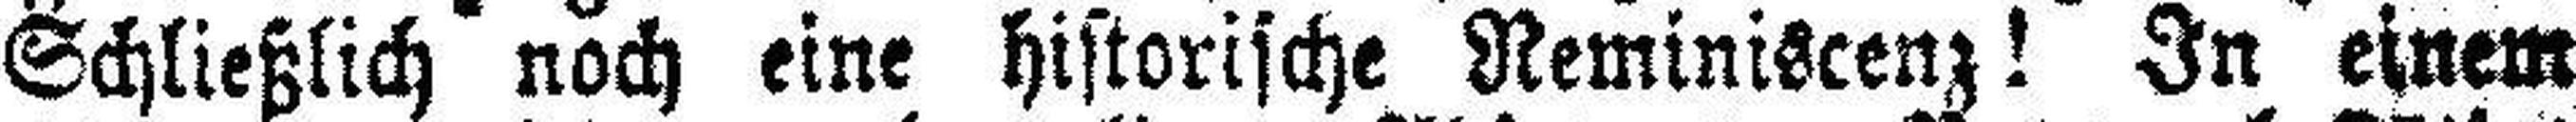
Schließlich noch eine historische Reminiscenz! In einem